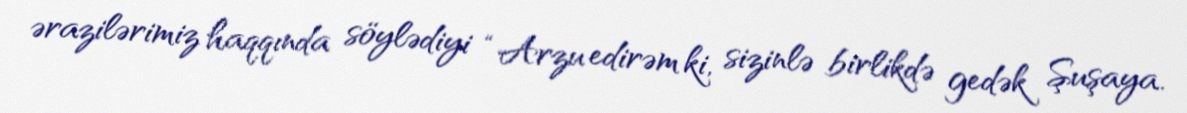
ərazilərimiz haqqında söylədiyi “Arzu edirəm ki, sizinlə birlikdə gedək Şuşaya.